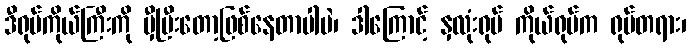
ဒီရုပ်ကိုယ်ကြီးကို မှီပြီးတော့ဖြစ်နေတာပါပဲ၊ ဒါကြောင့် နှလုံးရုပ် ကိုယ်ရုပ်က ရုပ်တရား၊